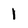
Character: 1